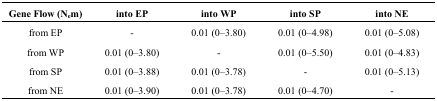
<table><thead><tr><td><b>Gene Flow (N<sub>e</sub>m)</b></td><td><b>into EP</b></td><td><b>into WP</b></td><td><b>into SP</b></td><td><b>into NE</b></td></tr></thead><tbody><tr><td>from EP</td><td>-</td><td>0.01 (0–3.80)</td><td>0.01 (0–4.98)</td><td>0.01 (0–5.08)</td></tr><tr><td>from WP</td><td>0.01 (0–3.80)</td><td>-</td><td>0.01 (0–5.50)</td><td>0.01 (0–4.83)</td></tr><tr><td>from SP</td><td>0.01 (0–3.88)</td><td>0.01 (0–3.78)</td><td>-</td><td>0.01 (0–5.13)</td></tr><tr><td>from NE</td><td>0.01 (0–3.90)</td><td>0.01 (0–3.78)</td><td>0.01 (0–4.70)</td><td>-</td></tr></tbody></table>